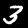
Digit: 3